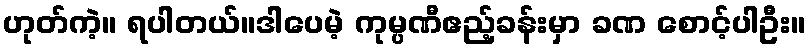
ဟုတ်ကဲ့။ ရပါတယ်။ဒါပေမဲ့ ကုမ္ပဏီဧည့်ခန်းမှာ ခဏ စောင့်ပါဦး။